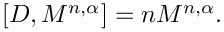
\lbrack D , M ^ { n , \alpha } ] = n M ^ { n , \alpha } .